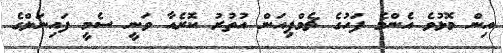
އިން މޮޅުވެ އެންމެ ފަހުގެ ޗެމްޕިއަން އުތުރު ކޮރެއާ ވަނީ ސެމީ ފައިނަލްގެ